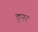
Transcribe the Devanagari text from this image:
डुनर